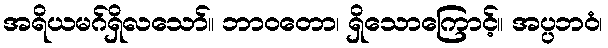
အရိယမဂ်ရှိလသော်။ ဘာဝတော၊ ရှိသောကြောင့်။ အပ္ပဘဝံ၊